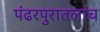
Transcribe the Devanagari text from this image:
पंढरपुरातलाच